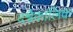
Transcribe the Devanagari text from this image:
दश्वैकालिक